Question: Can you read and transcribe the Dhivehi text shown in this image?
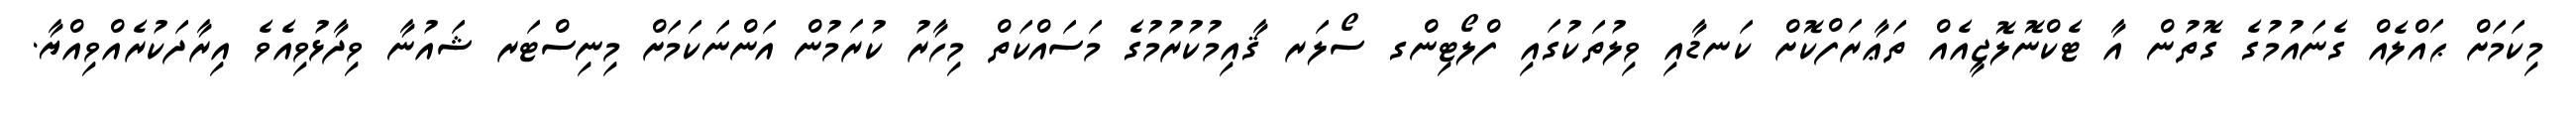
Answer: މިކަމަށް ޙައްލެއް ގެނައުމުގެ ގޮތުން އާ ޓެކްނޮލޮޖީއެއް ތަޢާރަފްކޮށް ކަނޑާއި ވިލުތަކުގައި ފްލޯޓިންގ ސޯލަރ ޤާއިމުކުރުމުގެ މަސައްކަތް މިހާރު ކުރަމުން އަންނަކަމަށް މިނިސްޓަރ ޝައުނާ ވިދާޅުވިއެވެ އިރާދަކުރެއްވިއްޔާ.